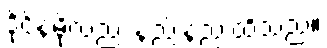
ဒိုင်နမိုလည်း နည်းနည်းထိသည်။